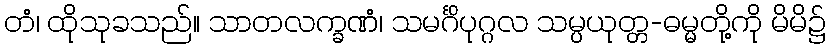
တံ၊ ထိုသုခသည်။ သာတလက္ခဏံ၊ သမင်္ဂိပုဂ္ဂလ သမ္ပယုတ္တ-ဓမ္မတို့ကို မိမိ၌